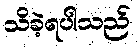
သိခဲ့ရပါသည်